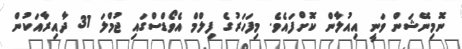
ނޮމިނޭޝަން ވަނީ އިއުލާން ކޮށްފައެވެ. މިފަހަރުގެ ފިލްމް އެވޯޑްސްގައި ޖުމްލަ 31 ދާއިރާއަކުން